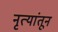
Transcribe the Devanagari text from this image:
नृत्यांतून